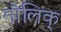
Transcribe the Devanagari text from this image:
मौलिक्